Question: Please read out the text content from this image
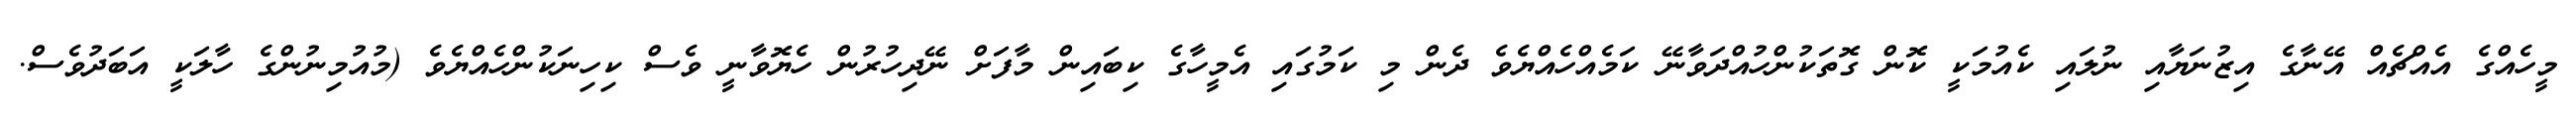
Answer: މީހެއްގެ އެއްޗެއް އޭނާގެ އިޒުނަޔާއި ނުލައި ކެއުމަކީ ކޮން ގޮތަކުންހުއްދަވާނޭ ކަމެއްހެއްޔެވެ ދެން މި ކަމުގައި އެމީހާގެ ކިބައިން މާފަށް ނޭދިހުރުން ހެޔޮވާނީ ވެސް ކިހިނަކުންހެއްޔެވެ (މުއުމިނުންގެ ހާލަކީ އަބަދުވެސް.